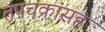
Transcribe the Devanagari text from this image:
तपचक्रांसह